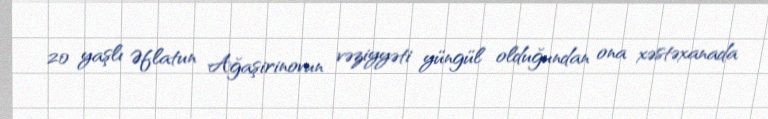
20 yaşlı Əflatun Ağaşirinovun vəziyyəti yüngül olduğundan ona xəstəxanada